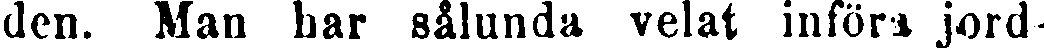
den. Man har sålunda velat införa jord-